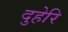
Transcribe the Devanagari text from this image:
दुहेरि